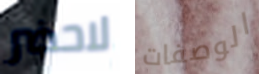
لاحضر الوصفات